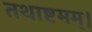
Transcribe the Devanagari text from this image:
तथाष्टमम्।